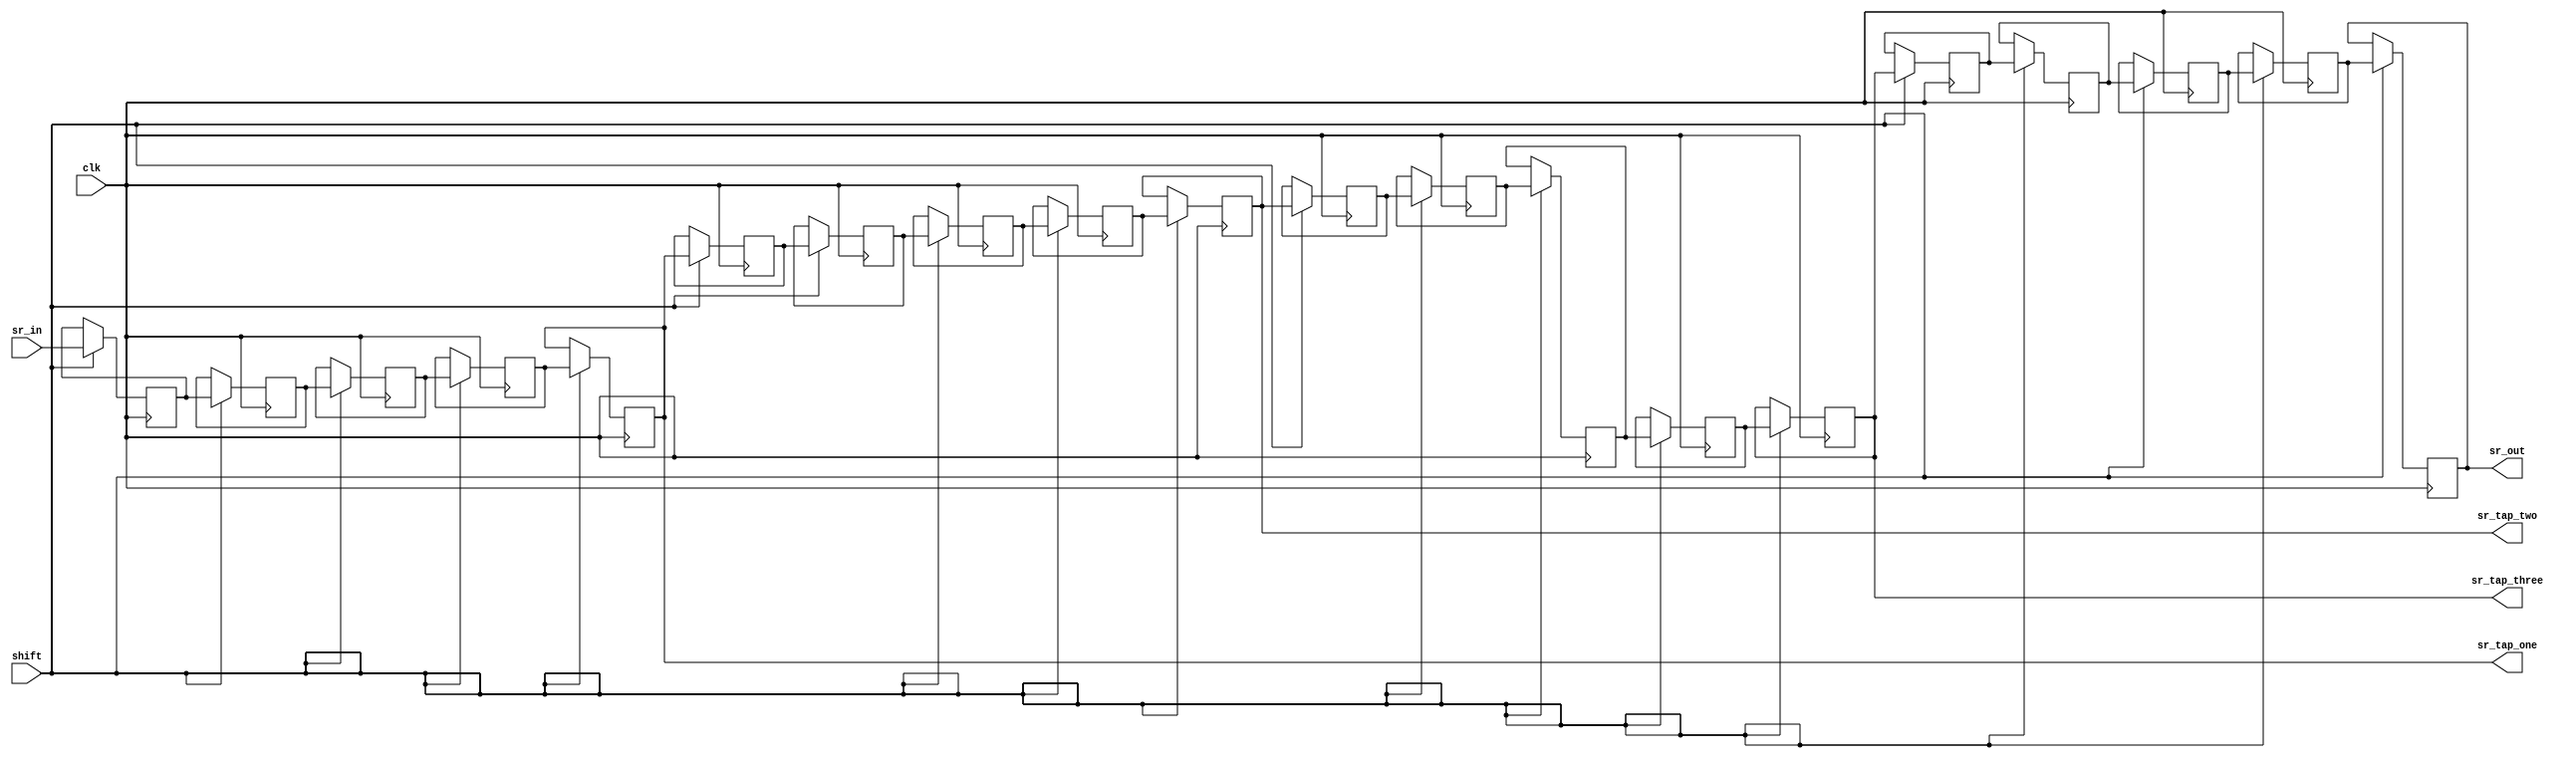
module delay_8x256 (
input clk, shift,
input [7:0] sr_in,
output [7:0] sr_tap_one, sr_tap_two, sr_tap_three, sr_out );
reg [7:0] sr [255:0];
integer n;
 	always@(posedge clk)
begin
if (shift == 1'b1)
begin
for (n = 255; n>0; n = n-1)
begin
sr[n] <= sr[n-1];
end
sr[0] <= sr_in; 
end
end
    //    sr_in
assign sr_tap_one = sr[4]; //    5 
assign sr_tap_two = sr[9]; //    10 
assign sr_tap_three = sr[14]; //    15 
assign sr_out = sr[19]; //    20 
    endmodule